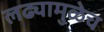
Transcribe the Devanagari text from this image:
लढ्यामुळेच